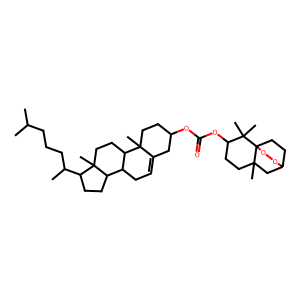
SMILES: CC(C)CCCC(C)C1CCC2C3CC=C4CC(OC(=O)OC5CCC6(C)CC7CCC6(OO7)C5(C)C)CCC4(C)C3CCC12C
Inhibits HIV replication: No